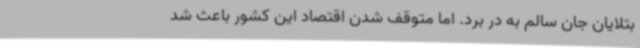
بتلایان جان سالم به در برد. اما متوقف شدن اقتصاد این کشور باعث شد